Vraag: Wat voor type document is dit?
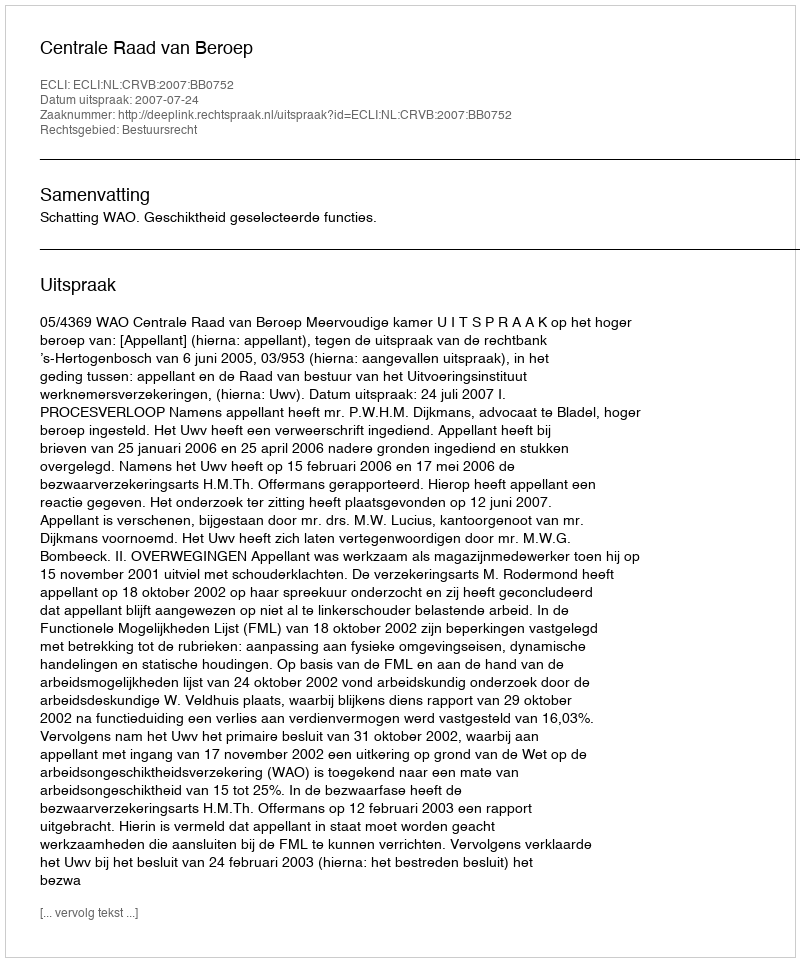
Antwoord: Uitspraak